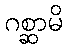
ဂစ္ဆာမိ